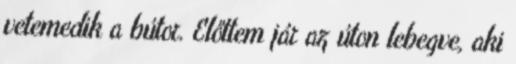
vetemedik a bútor. Előttem jár az úton lebegve, aki